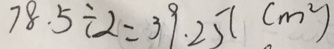
7 8 . 5 \div 2 = 3 9 . 2 5 ( m ^ { 2 } )